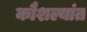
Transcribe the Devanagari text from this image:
कौशल्यांत